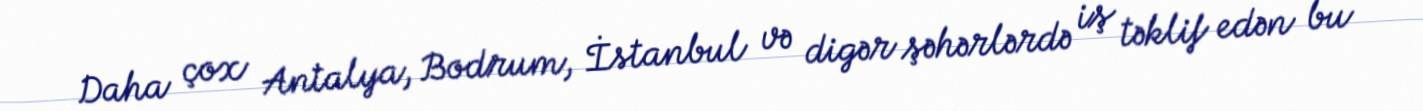
Daha çox Antalya, Bodrum, İstanbul və digər şəhərlərdə iş təklif edən bu